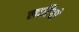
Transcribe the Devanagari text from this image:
लाटियो